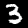
Digit: 3